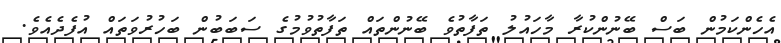
އެހެންކަމުން ބަސް ބޭނުންކުރާ މާހައުލު ތަފާތުވެ ބޭނުންތައް ތަފާތުވުމުގެ ސަބަބުން ބަހުރުވަތައް އުފެދެއެވެ.